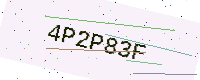
Text: 4P2P83F